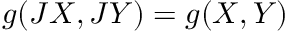
g ( J X , J Y ) = g ( X , Y )